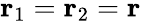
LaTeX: {\mathbf r}_{1}={\mathbf r}_{2}={\mathbf r}